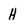
Character: H